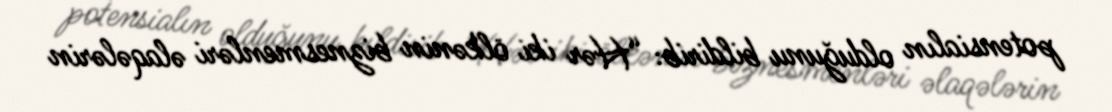
potensialın olduğunu bildirib: “Hər iki ölkənin biznesmenləri əlaqələrin